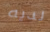
لديه